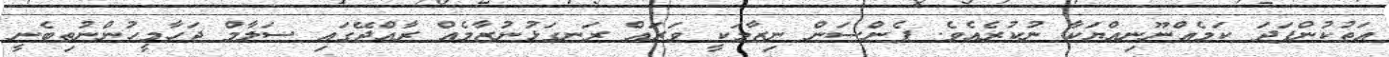
އަތުކުންފަދަ ކަމެއްނޫނިއްޔަކާ ނުކުރެއެވެ. ޕެންސަން ނިޒާމަކީ ވަރައް ރަނގަޅުނުޒާމެއް ރާއްޖޭގައި ސަލާމް ޖަހާމީހުންނުތިބެނީ